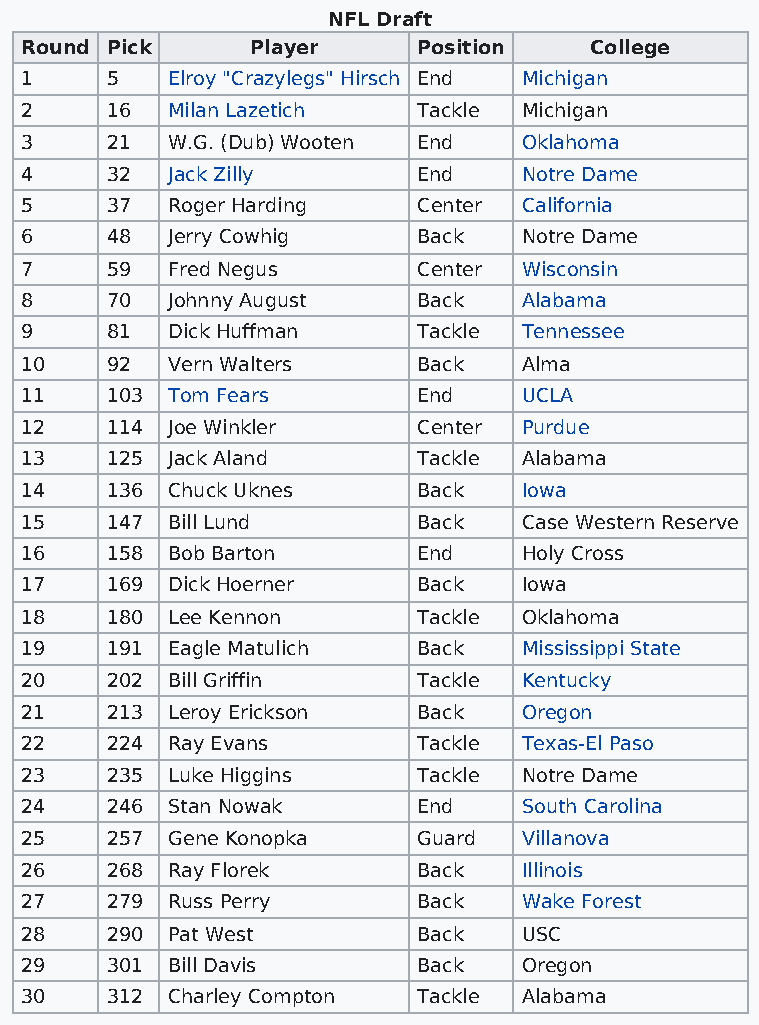
NFL Draft
 Round Pick      Player     Position   College
 1     5   Elroy "Crazylegs" Hirsch End Michigan
 2     16  Milan Lazetich   Tackle Michigan
 3     21  W.G. (Dub) Wooten End   Oklahoma
 4     32  Jack Zilly       End    Notre Dame
 5     37  Roger Harding    Center California
 6     48  Jerry Cowhig     Back   Notre Dame
 7     59  Fred Negus       Center Wisconsin
 8     70  Johnny August    Back   Alabama
 9     81  Dick Huffman     Tackle Tennessee
 10    92  Vern Walters     Back   Alma
 11    103 Tom Fears        End    UCLA
 12    114 Joe Winkler      Center Purdue
 13    125 Jack Aland       Tackle Alabama
 14    136 Chuck Uknes      Back   Iowa
 15    147 Bill Lund        Back   Case Western Reserve
 16    158 Bob Barton       End    Holy Cross
 17    169 Dick Hoerner     Back   Iowa
 18    180 Lee Kennon       Tackle Oklahoma
 19    191 Eagle Matulich   Back   Mississippi State
 20    202 Bill Griffin     Tackle Kentucky
 21    213 Leroy Erickson   Back   Oregon
 22    224 Ray Evans        Tackle Texas-El Paso
 23    235 Luke Higgins     Tackle Notre Dame
 24    246 Stan Nowak       End    South Carolina
 25    257 Gene Konopka     Guard  Villanova
 26    268 Ray Florek       Back   Illinois
 27    279 Russ Perry       Back   Wake Forest
 28    290 Pat West         Back   USC
 29    301 Bill Davis       Back   Oregon
 30    312 Charley Compton  Tackle Alabama